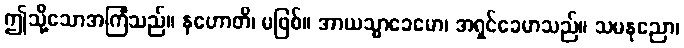
ဤသို့သောအကြံသည်။ နဟောတိ၊ မဖြစ်။ အာယသ္မာခေမော၊ အရှင်ခေမာသည်။ သမနုညော၊